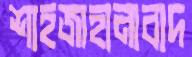
শাহজাহানাবাদ